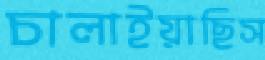
চালাইয়াছিস